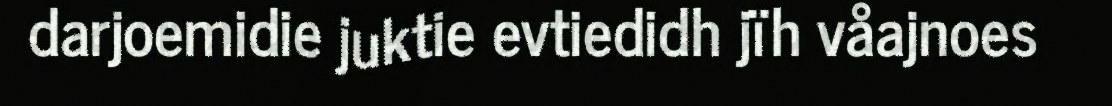
darjoemidie juktie evtiedidh jïh våajnoes